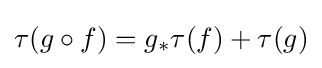
\tau (g\circ f)=g_{*}\tau (f)+\tau (g)